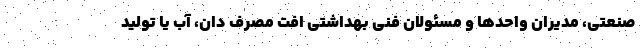
صنعتی، مدیران واحدها و مسئولان فنی بهداشتی افت مصرف دان، آب یا تولید